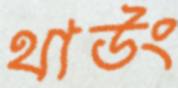
থাউং